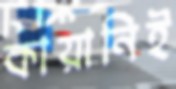
কায়ানিই